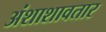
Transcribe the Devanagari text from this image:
अंशाशावतार